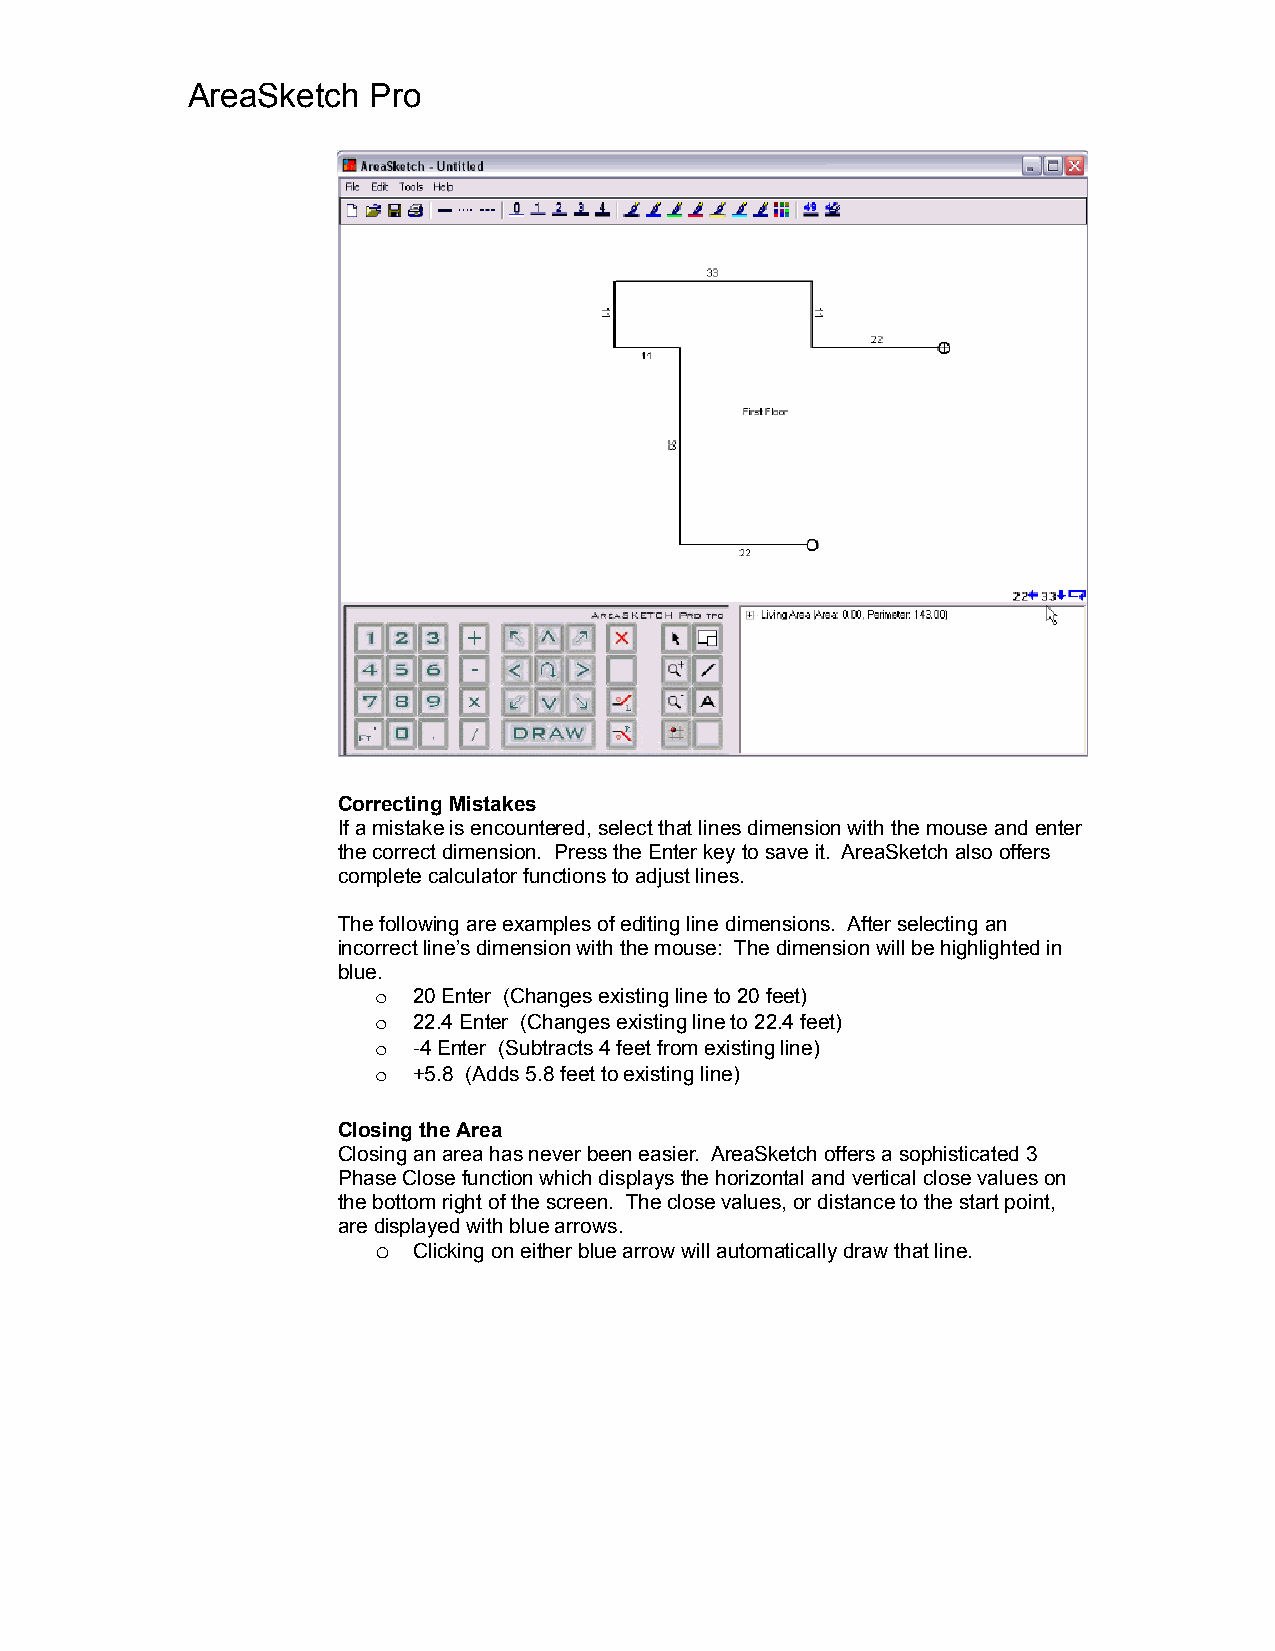
AreaSketch  Pro
 Correcting Mistakes
 If a mistake is encountered, select that lines dimension with the mouse and enter
 the correct dimension. Press the Enter key to save it. AreaSketch also offers
 complete calculator functions to adjust lines.
 The following are examples of editing line dimensions. After selecting an
 incorrect line’s dimension with the mouse: The dimension will be highlighted in
 blue.
 o 20 Enter (Changes existing line to 20 feet)
 o 22.4 Enter (Changes existing line to 22.4 feet)
 o -4 Enter (Subtracts 4 feet from existing line)
 o +5.8 (Adds 5.8 feet to existing line)
 Closing the Area
 Closing an area has never been easier. AreaSketch offers a sophisticated 3
 Phase Close function which displays the horizontal and vertical close values on
 the bottom right of the screen. The close values, or distance to the start point,
 are displayed with blue arrows.
 o Clicking on either blue arrow will automatically draw that line.